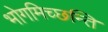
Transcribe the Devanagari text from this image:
भोगमिच्छन्ति